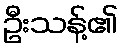
ဦးသန့်၏